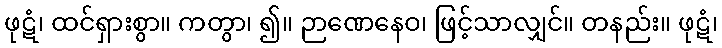
ဖုဋံ၊ ထင်ရှားစွာ။ ကတွာ၊ ၍။ ဉာဏေနေဝ၊ ဖြင့်သာလျှင်။ တနည်း။ ဖုဋံ၊